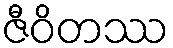
ဇီဝိတဿ